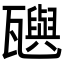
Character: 𬎰